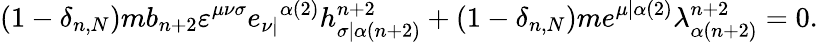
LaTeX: (1-\delta_{n,N})mb_{n+2}\varepsilon^{\mu\nu\sigma}e_{\nu|}{}^{\alpha(2)}h_{\sigma|\alpha(n+2)}^{n+2}+(1-\delta_{n,N})me^{\mu|\alpha(2)}\lambda_{\alpha(n+2)}^{n+2}=0.